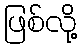
ဖြစ်လို့